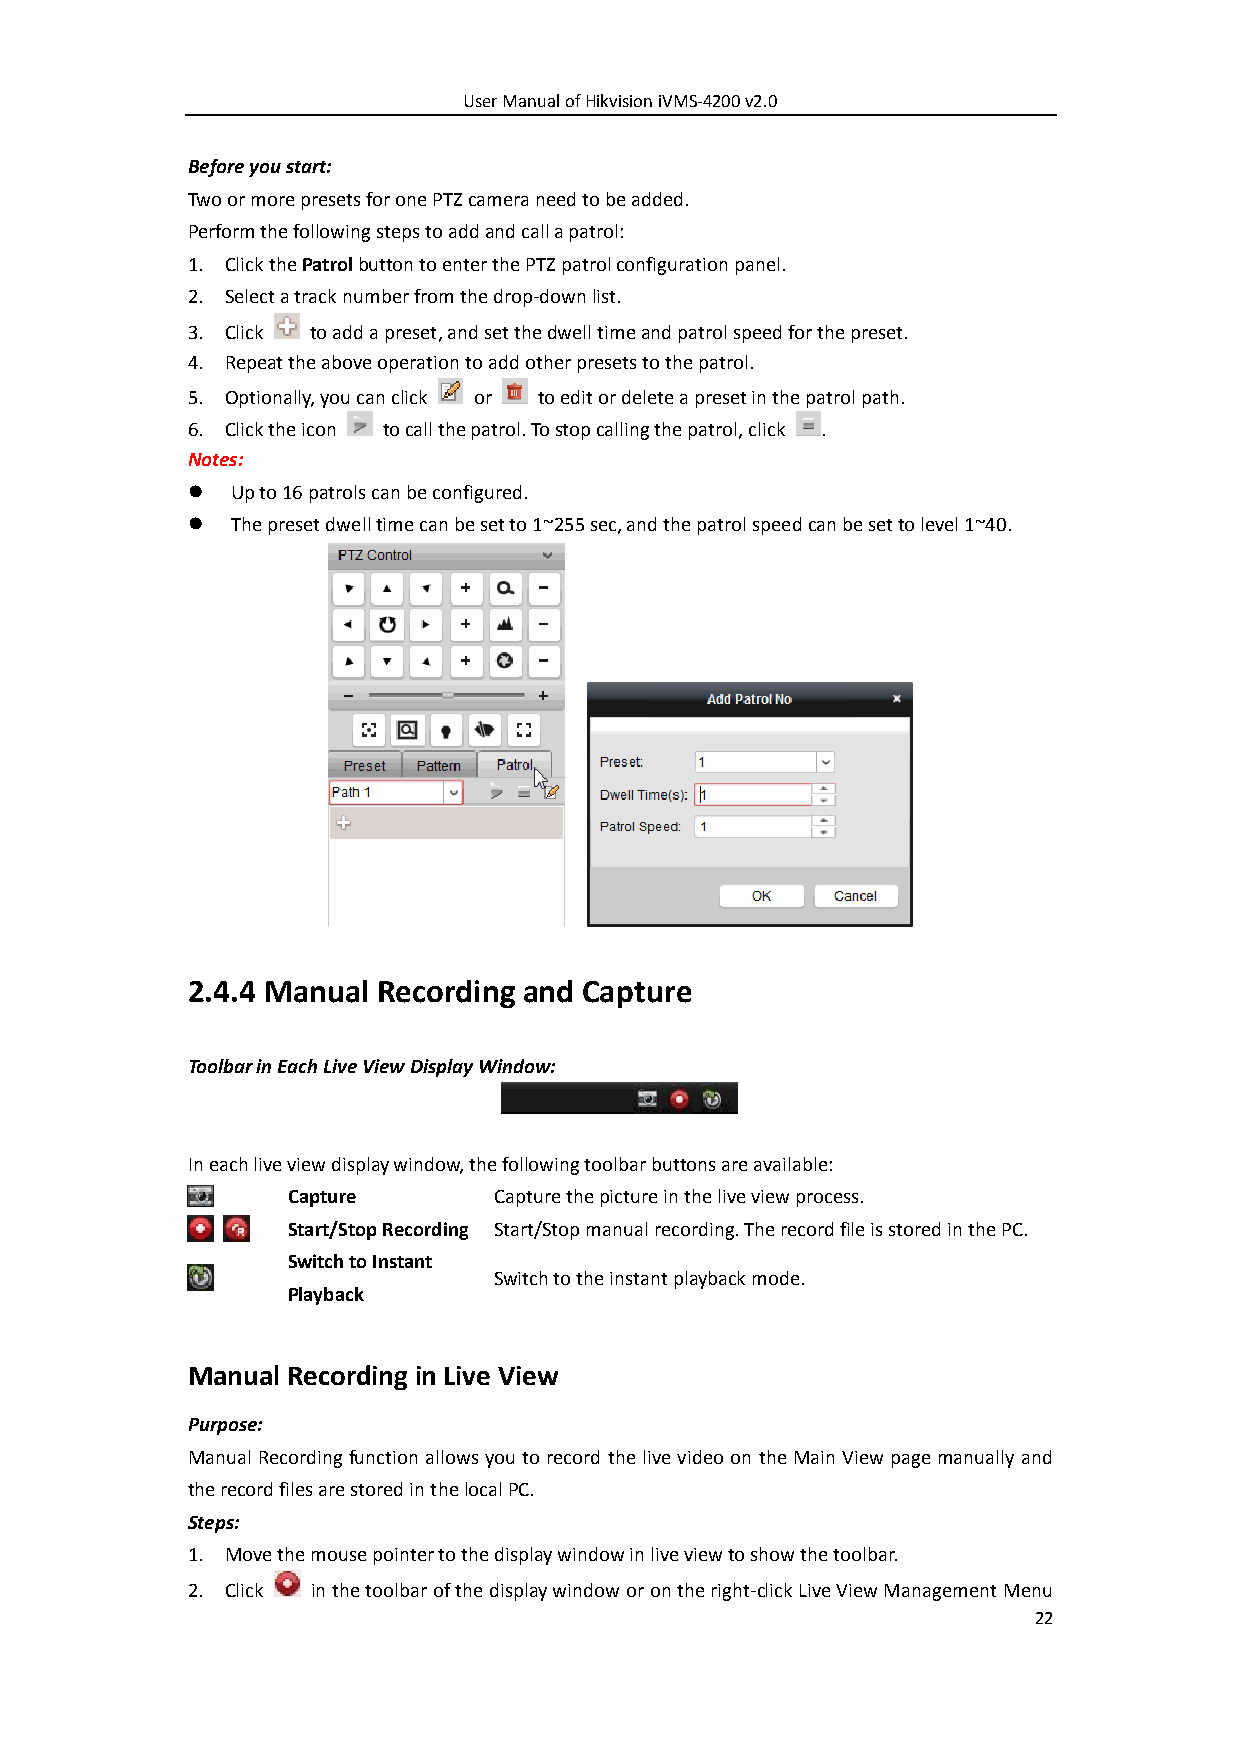
User Manual of Hikvision iVMS-4200 v2.0
 Before you start:
 Two or more presets for one PTZ camera need to be added.
 Perform the following steps to add and call a patrol:
 1. Click the Patrol button to enter the PTZ patrol configuration panel.
 2. Select a track number from the drop-down list.
 3. Click to add a preset, and set the dwell time and patrol speed for the preset.
 4. Repeat the above operation to add other presets to the patrol.
 5. Optionally, you can click or to edit or delete a preset in the patrol path.
 6. Click the icon to call the patrol. To stop calling the patrol, click .
 Notes:
   Up to 16 patrols can be configured.
   The preset dwell time can be set to 1~255 sec, and the patrol speed can be set to level 1~40.
 2.4.4 Manual Recording and Capture
 Toolbar in Each Live View Display Window:
 In each live view display window, the following toolbar buttons are available:
 Capture       Capture the picture in the live view process.
 Start/Stop Recording Start/Stop manual recording. The record file is stored in the PC.
 Switch to Instant
 Switch to the instant playback mode.
 Playback
 Manual Recording in Live View
 Purpose:
 Manual Recording function allows you to record the live video on the Main View page manually and
 the record files are stored in the local PC.
 Steps:
 1. Move the mouse pointer to the display window in live view to show the toolbar.
 2. Click in the toolbar of the display window or on the right-click Live View Management Menu
 22